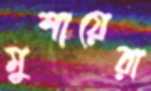
মুশায়েরা